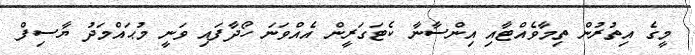
މީގެ އިތުރުން ތިމާވެއްޓާއި އިންސާނާ ކެޓަގަރީން އެއްވަނަ ހޯދާފައި ވަނީ މުޙައްމަދު ޔާސިފް